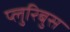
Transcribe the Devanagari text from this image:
प्लुरिबुस